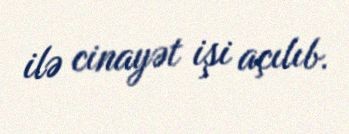
ilə cinayət işi açılıb.